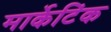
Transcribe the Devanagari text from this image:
मार्केटिंक